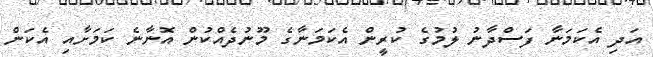
އަދި އެކަމަނާ ފަސްދާނު ލުމުގެ ކުރީން އެކަމަނާގެ މޫނުދެއްކުން އޮނާނެ ކަމަށާއި އެކަން